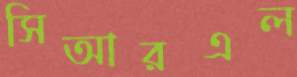
সিআরএল